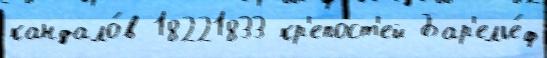
кандало́в 18221833 кр'епост'ей Бар'елье́ф